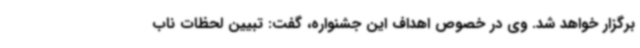
برگزار خواهد شد. وی در خصوص اهداف این جشنواره، گفت: تبیین لحظات ناب